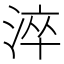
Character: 淬